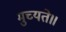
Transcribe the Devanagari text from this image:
मुच्यते॥